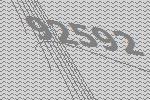
92592